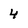
Character: 4